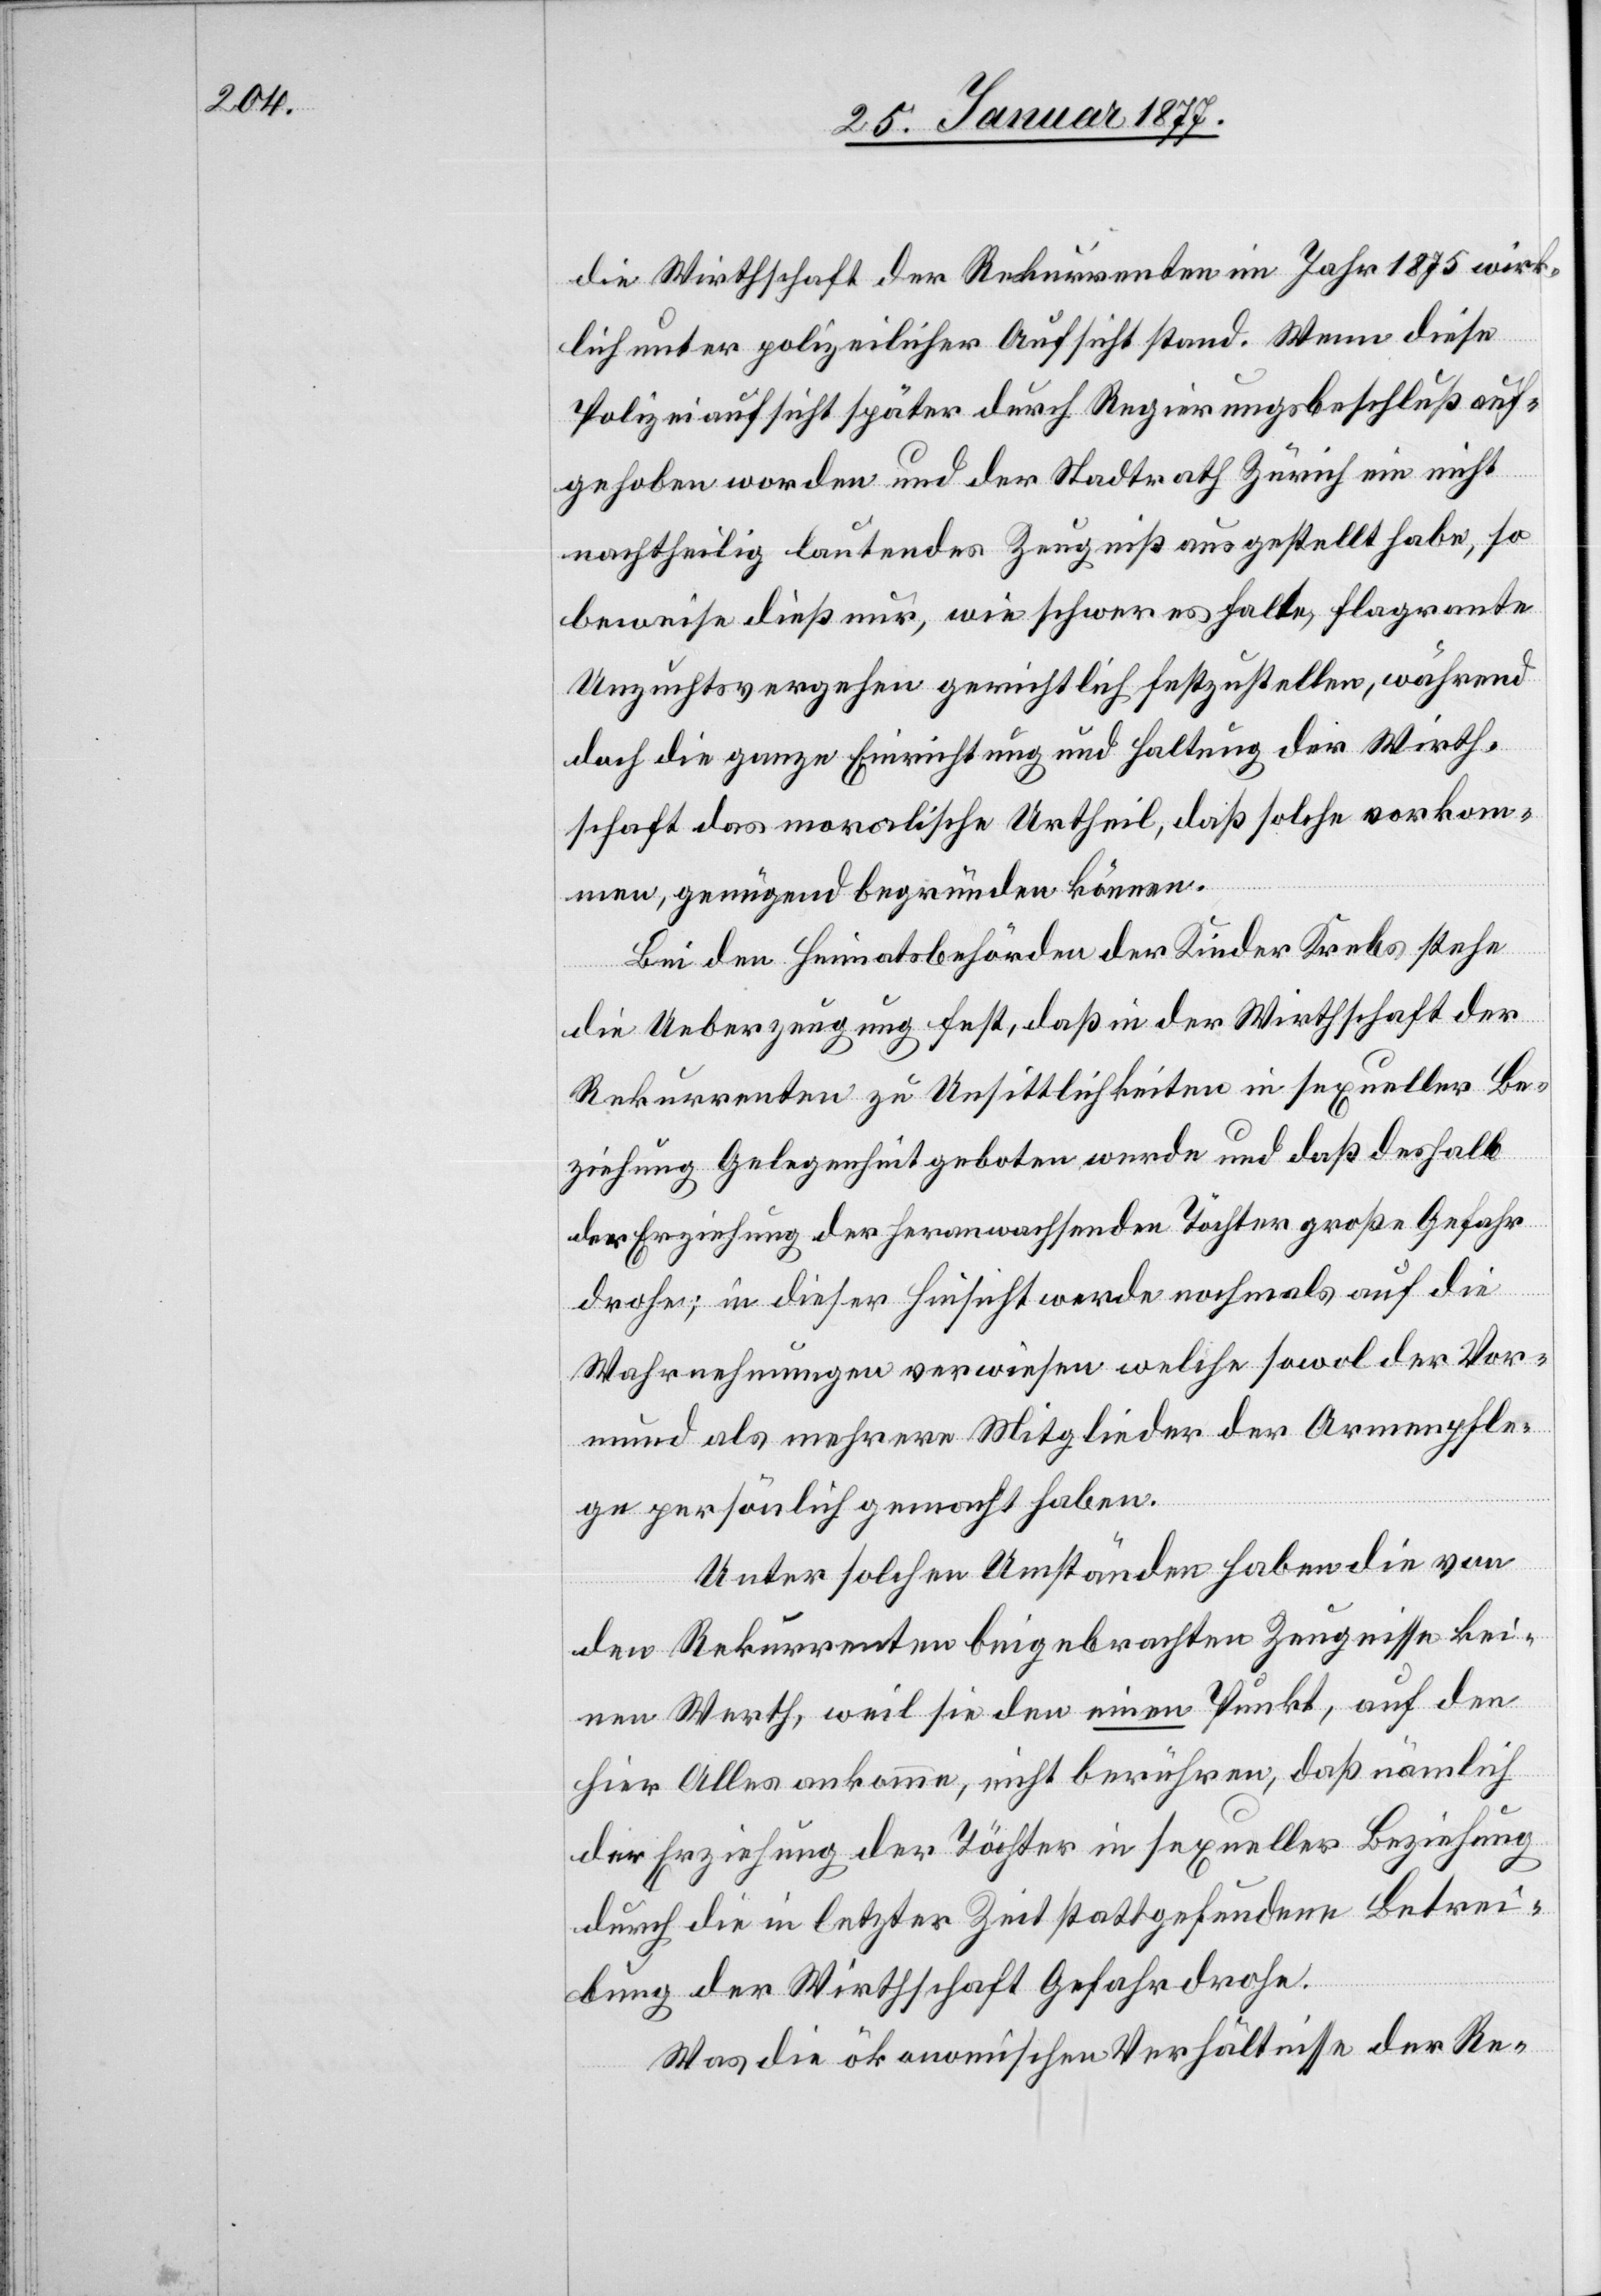
die Wirthschaft der Rekurrenten im Jahr 1875 wirk¬
lich unter polizeilicher Aufsicht stand. Wenn die
Polizeiaufsicht später durch Regierungsbeschluß auf¬
gehoben worden und der Stadtrath Zürich ein nicht
nachtheilig lautendes Zeugniß ausgestellt habe, so
beweise dieß nur, wie schwer es falle, flagrante
Unzuchtsvergehen gerichtlich festzustellen, während
doch die ganze Einrichtung und Haltung der Wirth¬
schaft das moralische Urtheil, daß solche vorkom¬
men, genügend begründen können.
Bei den Heimatsbehörden der Kinder Krebs stehe
die Ueberzeugung fest, daß in der Wirthschaft der
Rekurrenten zu Unsittlichkeiten in sexueller Be¬
ziehung Gelegenheit geboten werde und daß deshalb
der Erziehung der heranwachsenden Töchter große Gefahr
drohe; in dieser Hinsicht werde nochmals auf die
Wahrnehmungen verwiesen welche sowol der Vor¬
mund als mehrere Mitglieder der Armenpfle¬
ge persönlich gemacht haben.
Unter solchen Umständen haben die von
den Rekurrenten beigebrachten Zeugnisse kei¬
nen Werth, weil sie den einen Punkt, auf den
hier Alles ankomme, nicht berühren, daß nämlich
der Erziehung der Töchter in sexueller Beziehung
durch die in letzter Zeit stattgefundene Betrei¬
bung der Wirthschaft Gefahr drohe.
Was die ökonomischen Verhältnisse der Re-